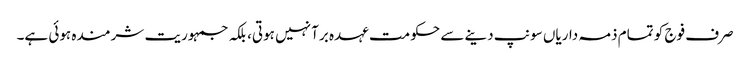
صرف فوج کو تمام ذمہ داریاں سونپ دینے سے حکومت عہدہ برآ نہیں ہوتی، بلکہ جمہوریت شرمندہ ہوئی ہے۔